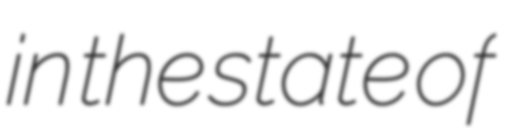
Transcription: in the state of